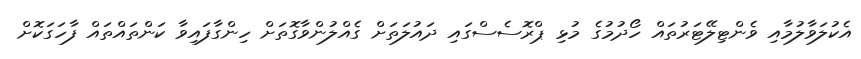
އެކުލަވާލުމާއި ވެންޓިލޭޓަރުތައް ހޯދުމުގެ މުޅި ޕްރޮސެސްގައި ދައުލަތަށް ގެއްލުންވާގޮތަށް ހިންގާފައިވާ ކަންތައްތައް ފާހަގަކޮށް